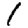
Digit: 1